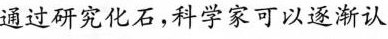
通过研究化石，科学家可以逐渐认